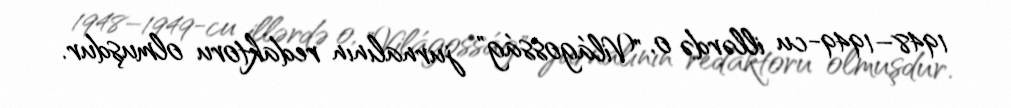
1948–1949-cu illərdə o, "Világosság" jurnalının redaktoru olmuşdur.